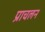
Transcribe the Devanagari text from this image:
प्राचलन